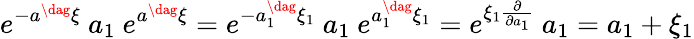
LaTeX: e^{-a^{\dag}\xi}~a_{1}~e^{a^{\dag}\xi}=e^{-a_{1}^{\dag}\xi_{1}}~a_{1}~e^{a_{1}^{\dag}\xi_{1}}=e^{\xi_{1}\frac{\partial}{\partial a_{1}}}~a_{1}=a_{1}+\xi_{1}